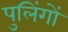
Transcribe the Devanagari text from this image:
पुलिंगों